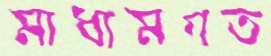
মাধ্যমগত